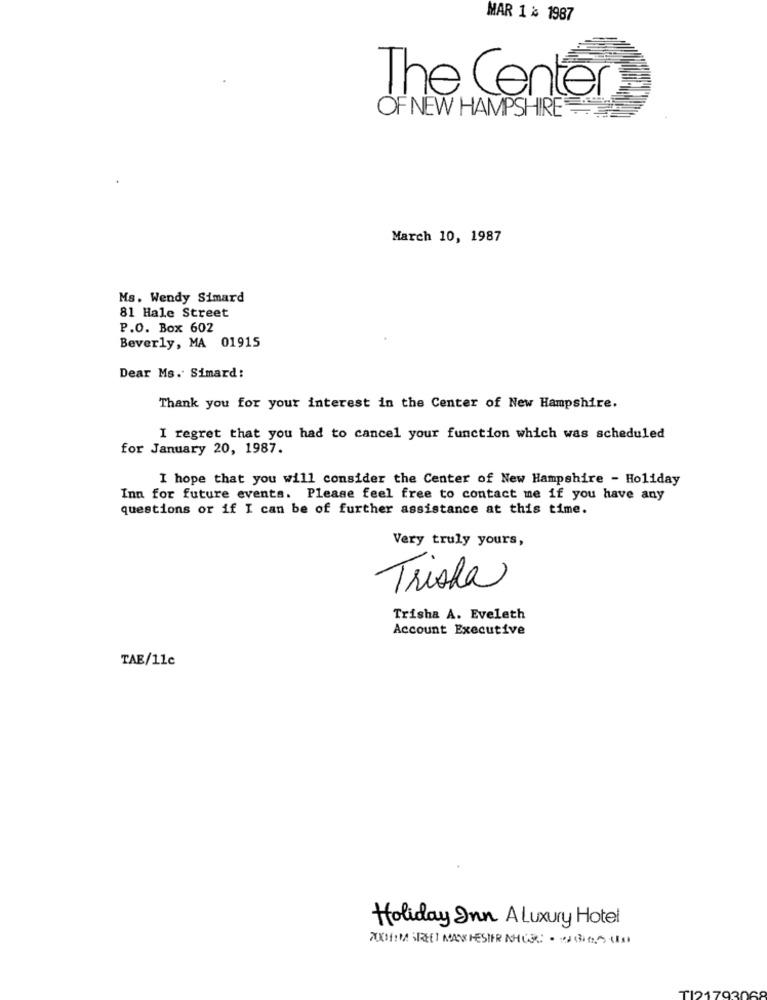
MAR 1 % 1987
The Center
OF NEW HAMPSHIRE
March 10, 1987
Ms. Wendy Simard
81 Hale Street
P.O. Box 602
Beverly, MA 01915
Dear Ms. Simard:
Thank you for your interest in the Center of New Hampshire.
I regret that you had to cancel your function which was scheduled
for January 20, 1987.
I hope that you will consider the Center of New Hampshire - Holiday
Inn for future events. Please feel free to contact me if you have any
questions or if I can be of further assistance at this time.
Very truly yours,
Trisha
Trisha A. Eveleth
Account Executive
TAE/11c
Holiday Inn A Luxury Hotel
TOHIM STREET MANCHESTER NHCR: · · 30.5 (0)
TIO
170